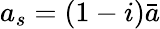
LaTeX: a_{s}=(1-i)\bar{a}